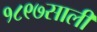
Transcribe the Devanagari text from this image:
१८९७साली